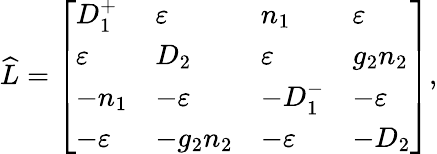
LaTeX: \widehat{L}=\left[\begin{array}{llll}{D_{1}^{+}}&{\varepsilon}&{n_{1}}&{\varepsilon}\\ {\varepsilon}&{D_{2}}&{\varepsilon}&{g_{2}n_{2}}\\ {-n_{1}}&{-\varepsilon}&{-D_{1}^{-}}&{-\varepsilon}\\ {-\varepsilon}&{-g_{2}n_{2}}&{-\varepsilon}&{-D_{2}}\end{array}\right],